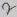
Text: 2